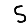
Digit: 5